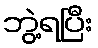
ဘွဲ့ရပြီး